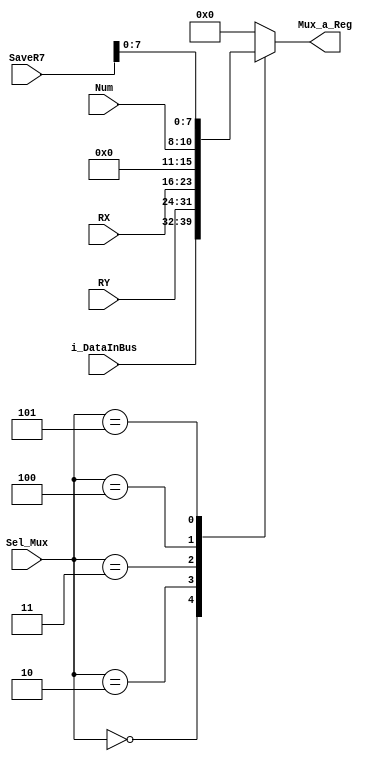
`timescale 1ns / 1ps
//////////////////////////////////////////////////////////////////////////////////
// Company: 
// Engineer: 
// 
// Design Name: 
// Module Name: Mux
// Project Name: 
// Target Devices: 
// Tool Versions: 
// Description: 
// 
// Dependencies: 
// 
// Revision:
// Revision 0.01 - File Created
// Additional Comments:
// 
//////////////////////////////////////////////////////////////////////////////////

module Mux(
    input [7:0] i_DataInBus,
    input [7:0] RY,
    input [7:0] RX,
    input [2:0] Num,
    input [8:0] SaveR7,
    input [2:0] Sel_Mux,
    output reg [7:0] Mux_a_Reg
    );
    
    always@(*)
    begin
        case (Sel_Mux)
        3'b000: Mux_a_Reg = i_DataInBus;
        3'b010: Mux_a_Reg = RY;
        3'b011: Mux_a_Reg = RX;
        3'b100: Mux_a_Reg = Num;
        3'b101: Mux_a_Reg = SaveR7;
        default:Mux_a_Reg <= 0;
        endcase
    end
endmodule